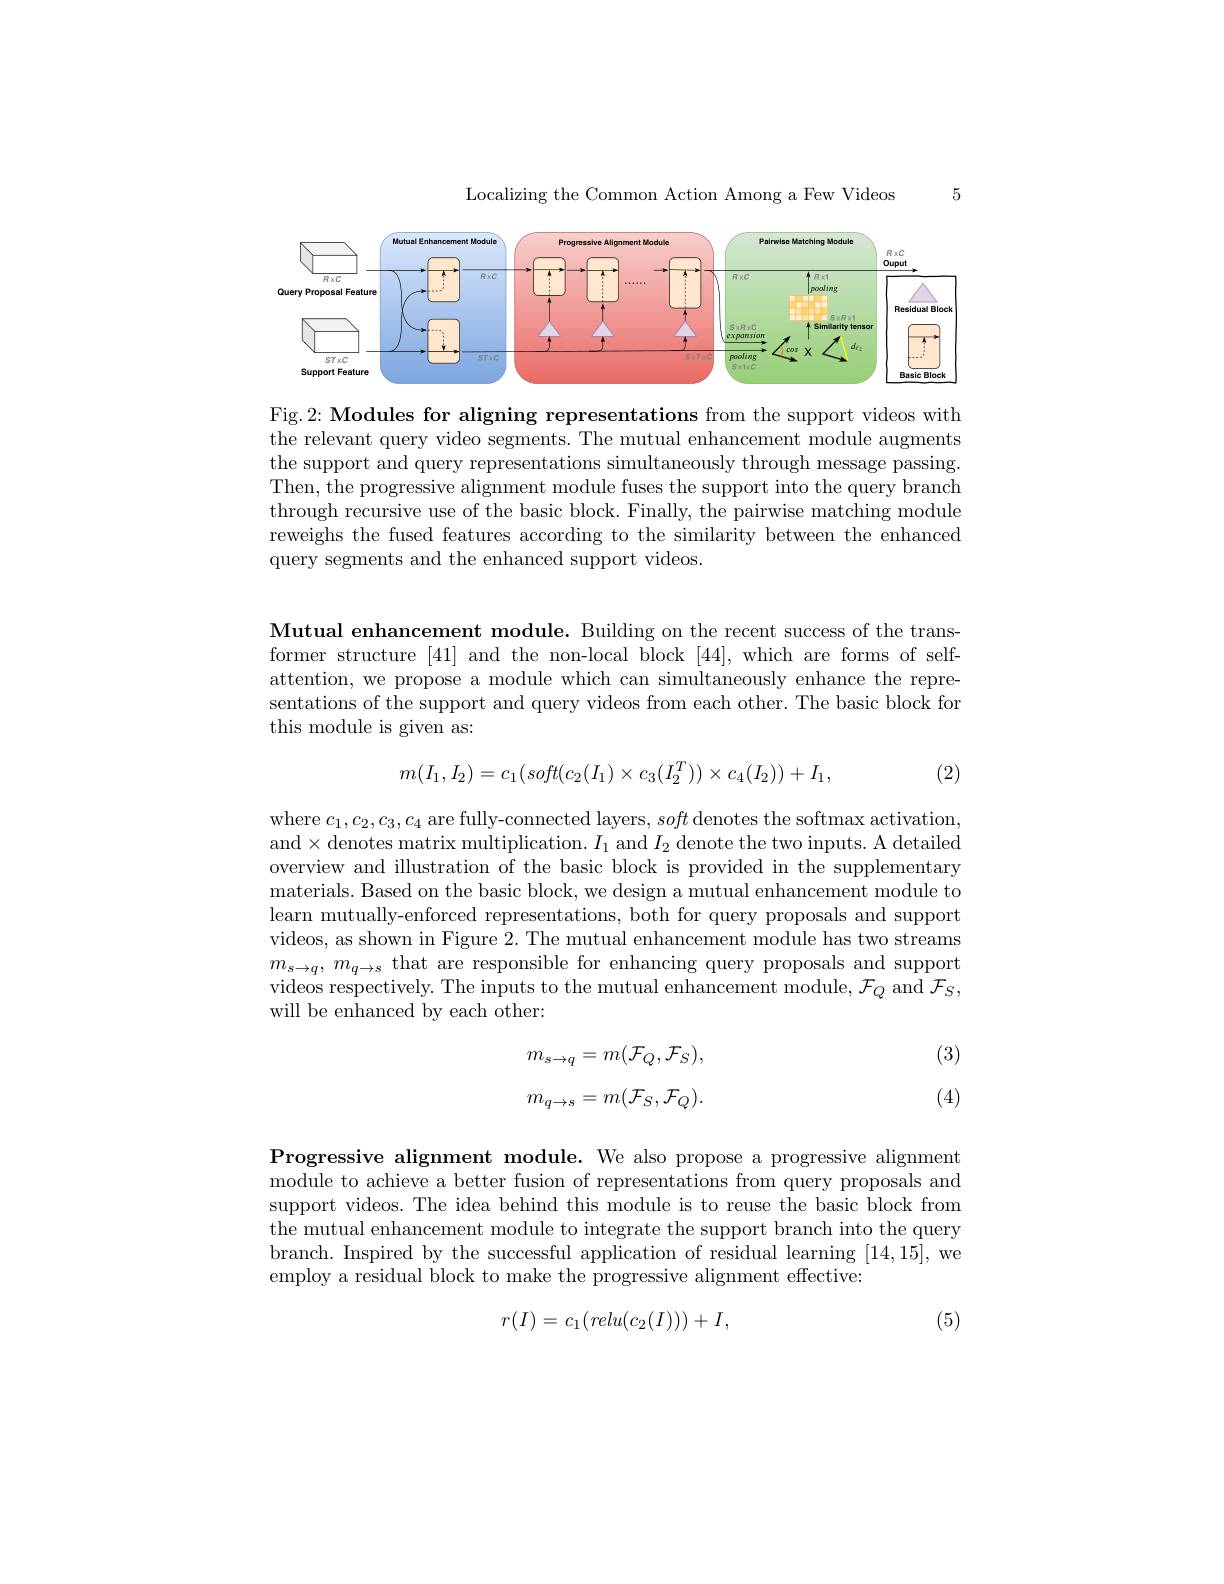
5

Localizing the Common Action Among a Few Videos

<FigureHere>

Fig.2: Modules for aligning representations from the support videos with the relevant query video segments. The mutual enhancement module augments the support and query representations simultaneously through message passing. Then, the progressive alignment module fuses the support into the query branch through recursive use of the basic block. Finally, the pairwise matching module reweighs the fused features according to the similarity between the enhanced query segments and the enhanced support videos.

Mutual enhancement module. Building on the recent success of the transformer structure [41] and the non-local block [44], which are forms of selfattention, we propose a module which can simultaneously enhance the representations of the support and query videos from each other. The basic block for this module is given as:
$$m(I_1,I_2)=c_1(soft(c_2(I_1)\times c_3(I_2^T))\times c_4(I_2))+I_1,$$
(2)

where $c_1,c_2,c_3,c_4$ are fully-connected layers, soft denotes the softmax activation and$\times$denotes matrix multiplication. $I_1$ and $I_2$ denote the two inputs. A detailed overview and illustration of the basic block is provided in the supplementary materials. Based on the basic block, we design a mutual enhancement module to learn mutually-enforced representations, both for query proposals and support videos, as shown in Figure 2. The mutual enhancement module has two streams $m_{s\to q}$, $m_{q\to s}$ that are responsible for enhancing query proposals and support videos respectively. The inputs to the mutual enhancement module, $\mathcal{F}_Q$ and $\mathcal{F}_S$, will be enhanced by each other:

(3)
$$\begin{array}{c}m_{s\to q}=m(\mathcal{F}_Q,\mathcal{F}_S),\\\\m_{q\to s}=m(\mathcal{F}_S,\mathcal{F}_Q).\end{array}$$
(4)

Progressive alignment module. We also propose a progressive alignment module to achieve a better fusion of representations from query proposals and support videos. The idea behind this module is to reuse the basic block from the mutual enhancement module to integrate the support branch into the query branch. Inspired by the successful application of residual learning [14,15],we employ a residual block to make the progressive alignment effective:

(5)
$$r(I)=c_1(relu(c_2(I)))+I,$$